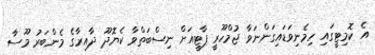
އެ ކޮމިޓީގައި ހިމެނިވަޑައިގަންނަވާ ޖުމްހޫރީ ޕާޓީއަށް ނިސްބަތްވާ ކެޔޮދޫ ދާއިރާގެ މެންބަރު މޫސާ